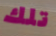
تلك